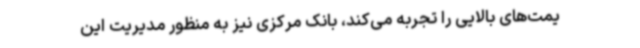
یمت‌های بالایی را تجربه می‌کند، بانک مرکزی نیز به منظور مدیریت این